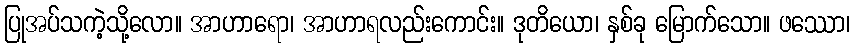
ပြုအပ်သကဲ့သို့လော။ အာဟာရော၊ အာဟာရလည်းကောင်း။ ဒုတိယော၊ နှစ်ခု မြောက်သော။ ဖဿော၊